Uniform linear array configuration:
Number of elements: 32
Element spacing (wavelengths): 0.25
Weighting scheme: cosine
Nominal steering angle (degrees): -15
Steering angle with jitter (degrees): -13.637
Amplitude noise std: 0.05
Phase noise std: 0.05

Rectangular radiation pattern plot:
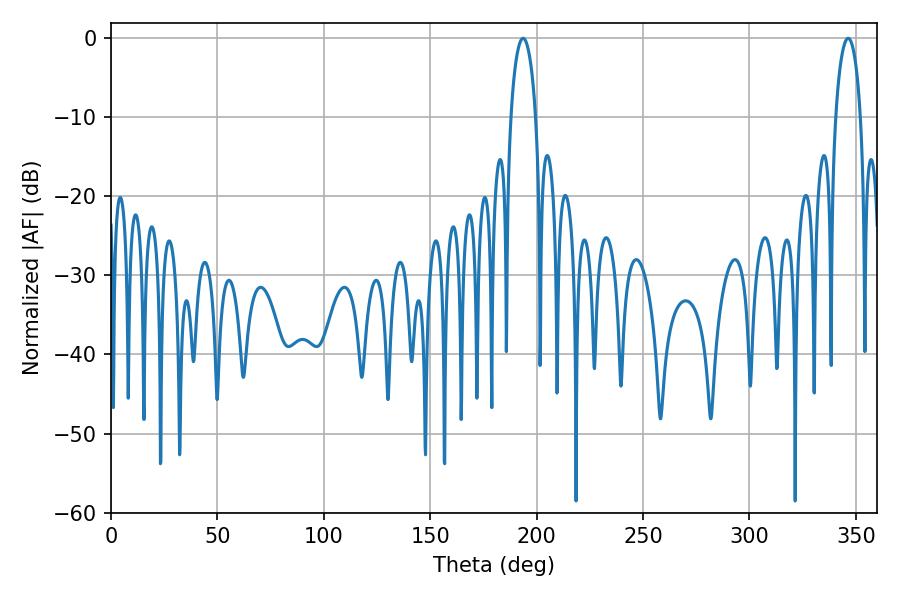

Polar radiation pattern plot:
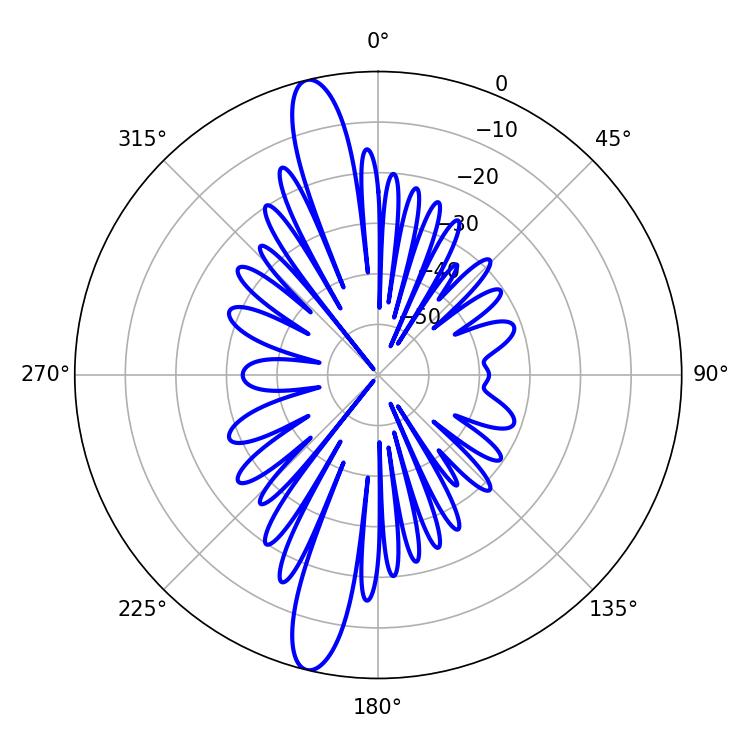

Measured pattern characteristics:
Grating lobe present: FALSE
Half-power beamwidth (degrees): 6.66
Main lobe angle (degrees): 346.32